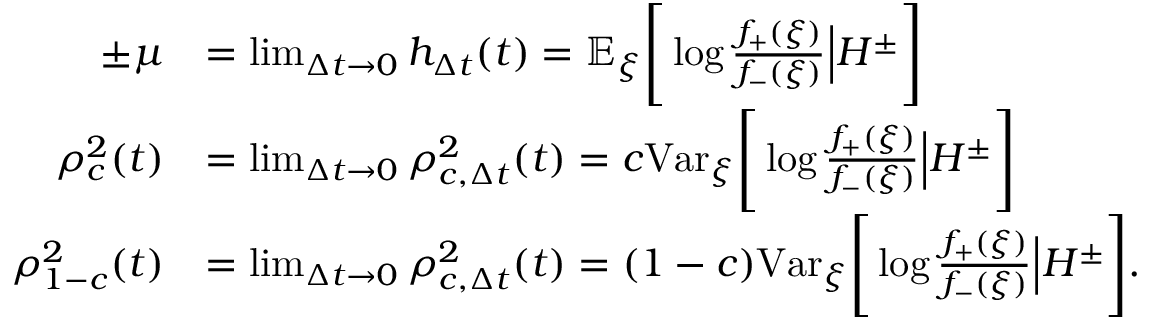
\begin{array} { r l } { \pm \mu } & { = \operatorname* { l i m } _ { \Delta t \to 0 } h _ { \Delta t } ( t ) = \mathbb { E } _ { \xi } \Bigg [ \log { \frac { f _ { + } ( \xi ) } { f _ { - } ( \xi ) } } \Big | H ^ { \pm } \Bigg ] } \\ { \rho _ { c } ^ { 2 } ( t ) } & { = \operatorname* { l i m } _ { \Delta t \to 0 } \rho _ { c , \Delta t } ^ { 2 } ( t ) = c \mathrm { V a r } _ { \xi } \Bigg [ \log { \frac { f _ { + } ( \xi ) } { f _ { - } ( \xi ) } } \Big | H ^ { \pm } \Bigg ] } \\ { \rho _ { 1 - c } ^ { 2 } ( t ) } & { = \operatorname* { l i m } _ { \Delta t \to 0 } \rho _ { c , \Delta t } ^ { 2 } ( t ) = ( 1 - c ) \mathrm { V a r } _ { \xi } \Bigg [ \log { \frac { f _ { + } ( \xi ) } { f _ { - } ( \xi ) } } \Big | H ^ { \pm } \Bigg ] . } \end{array}